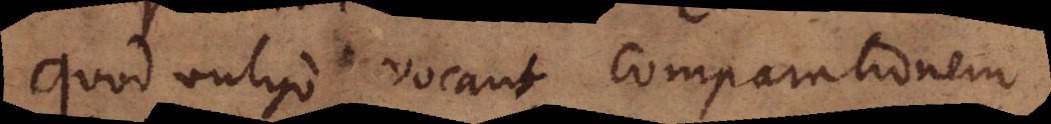
Quod vulgo vocant comparationem